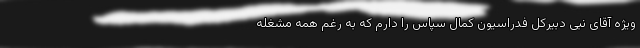
ویژه آقای نبی دبیرکل فدراسیون کمال سپاس را دارم که به رغم همه مشغله